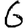
Digit: 6